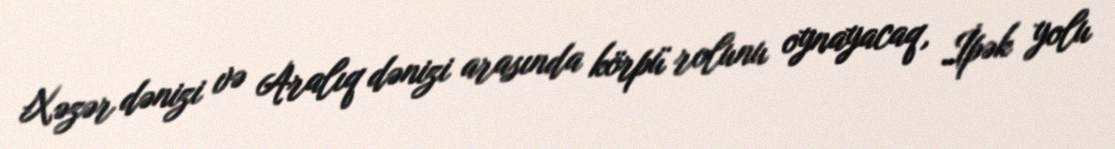
Xəzər dənizi və Aralıq dənizi arasında körpü rolunu oynayacaq, İpək yolu